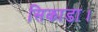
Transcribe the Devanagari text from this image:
सिकाडा।